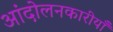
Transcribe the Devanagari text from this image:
आंदोलनकारीयाँ